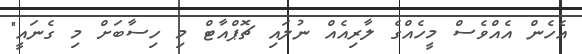
އެހެން އެއްވެސް މީހެއްގެ ލާރިއެއް ނުލައި ޗޮޕްއާޓް މި ހިސާބަށް މި ގެނައީ"